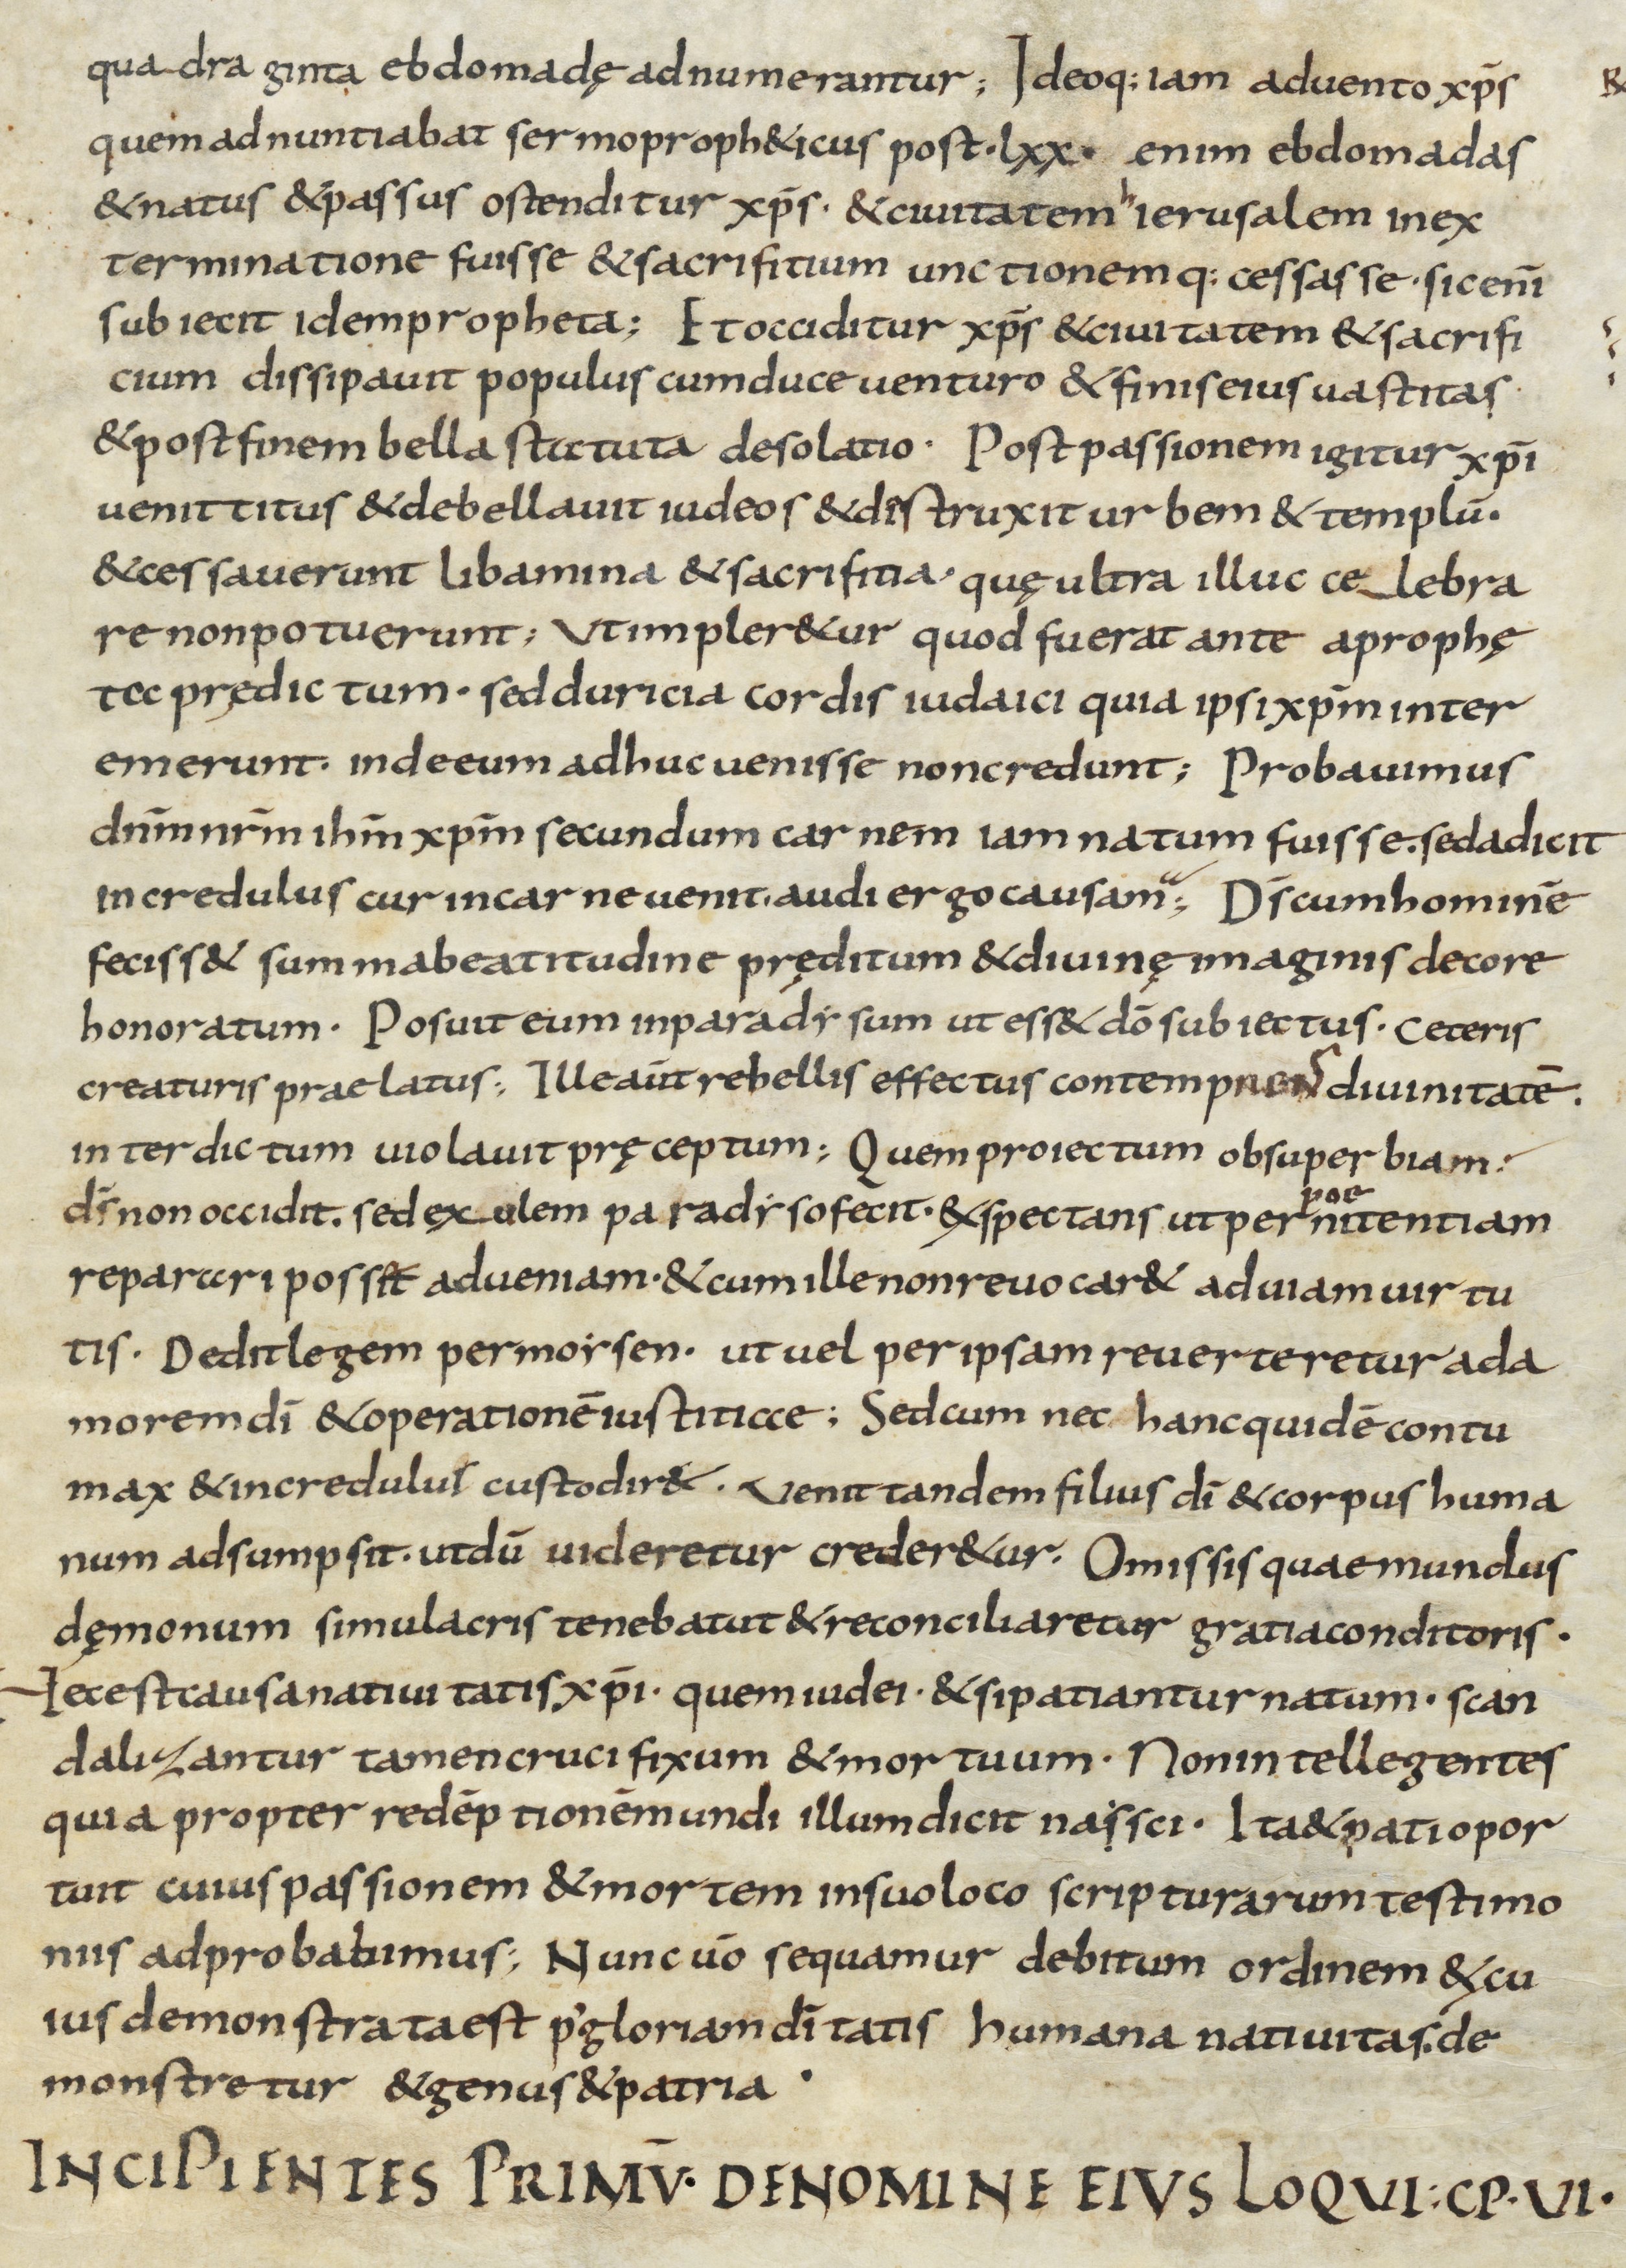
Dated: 800–999